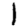
Digit: 1